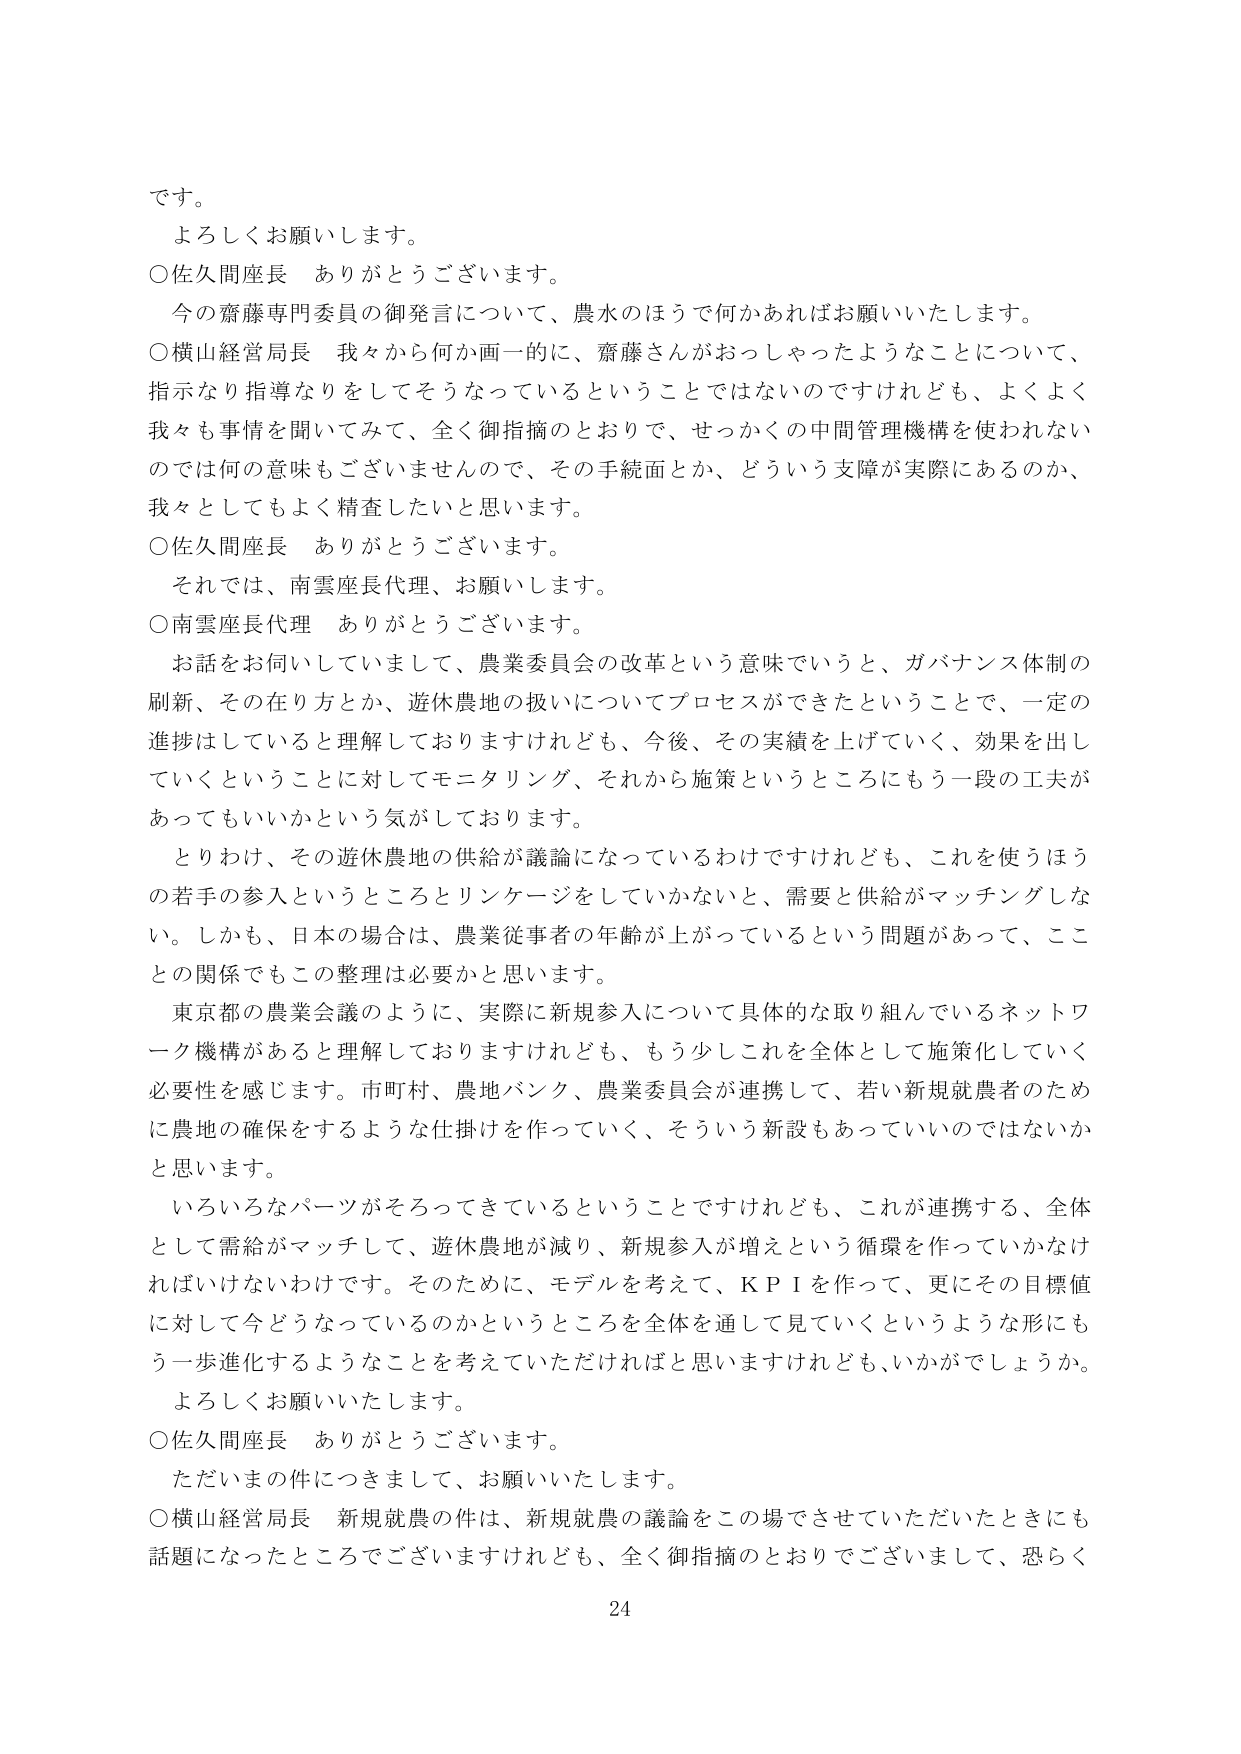
です。
よろしくお願いします。
○佐久間座長　ありがとうございます。
今の齋藤専門委員の御発言について、農水のほうで何かあればお願いいたします。
○横山経営局長　我々から何か画一的に、齋藤さんがおっしゃったようなことについて、
指示なり指導なりをしてそうなっているということではないのですけれども、よくよく
我々も事情を聞いてみて、全く御指摘のとおりで、せっかくの中間管理機構を使われない
のでは何の意味もございませんので、その手続面とか、どういう支障が実際にあるのか、
我々としてもよく精査したいと思います。
○佐久間座長　ありがとうございます。
それでは、南雲座長代理、お願いします。
○南雲座長代理　ありがとうございます。
お話をお伺いしていまして、農業委員会の改革という意味でいうと、ガバナンス体制の
刷新、その在り方とか、遊休農地の扱いについてプロセスができたということで、一定の
進捗はしていると理解しておりますけれども、今後、その実績を上げていく、効果を出し
ていくということに対してモニタリング、それから施策というところにもう一段の工夫が
あってもいいかという気がしております。
とりわけ、その遊休農地の供給が議論になっているわけですがけれども、これを使うほう
の若手の参入というところとリンケージをしていかないと、需要と供給がマッチングしな
い。しかも、日本の場合は、農業従事者の年齢が上がっているという問題があって、ここ
との関係でもこの整理は必要かと思います。
東京都の農業会議のように、実際に新規参入について具体的な取り組んでいるネットワ
ーク機構があると理解しておりますけれども、もう少しこれを全体として施策化していく
必要性を感じます。市町村、農地バンク、農業委員会が連携して、若い新規就農者のため
に農地の確保をするような仕掛けを作っていく、そういう新設もあっていいのではないか
と思います。
いろいろなパーツがそろってきているということですけれども、これが連携する、全体
として需給がマッチして、遊休農地が減り、新規参入が増えという循環を作っていくかなけ
ればいけないわけです。そのために、モデルを考えて、ＫＰＩを作って、更にその目標値
に対して今どうなっているのかというところを全体を通して見ていくというような形にも
う一歩進化するようなことを考えていただければと思いますけれども、いかがでしょうか。
よろしくお願いいたします。
○佐久間座長　ありがとうございます。
ただいまの件につきまして、お願いいたします。
○横山経営局長　新規就農の件は、新規就農の議論をこの場でさせていただいたときにも
話題になったところでございますけれども、全く御指摘のとおりでございまして、恐らく
24